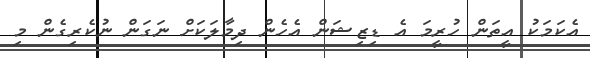
އެކަމަކު އީތަން ހުރީމަ އެ ޑިޒިޝަން އެހެން ދިމާލަކަށް ނަގަން ނުކެރިގެން މި